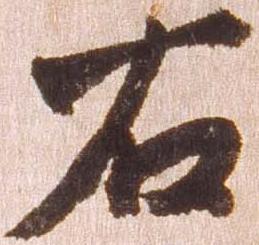
右